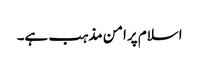
اسلام پرامن مذہب ہے۔